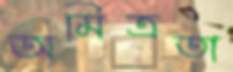
অমিত্রতা